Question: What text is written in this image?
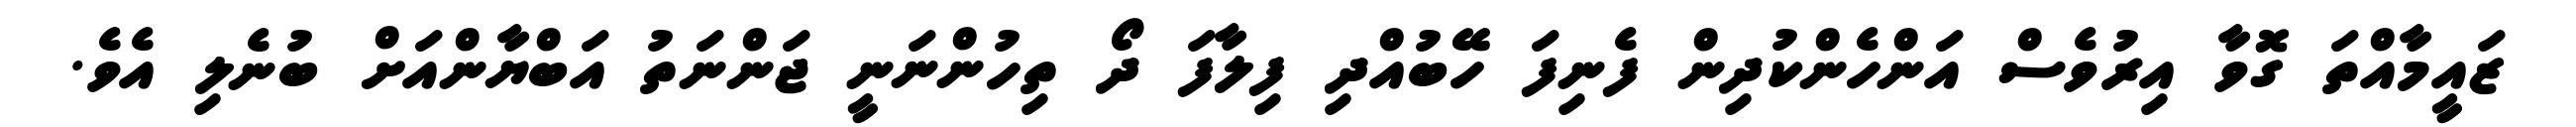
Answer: ޒައީމާއްތަ ގޮވާ އިރުވެސް އަންހެންކުދިން ފެނިފަ ހޭބުއްދި ފިލާފަ ދޯ ތިހުންނަނީ ޖަންނަތު އަބްޔާންއަށް ބުނެލި އެވެ.